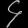
Digit: ၄